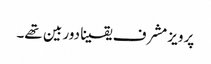
پرویز مشرف یقینا دور بین تھے۔